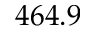
4 6 4 . 9